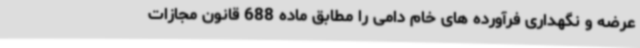
عرضه و نگهداری فرآورده های خام دامی را مطابق ماده 688 قانون مجازات